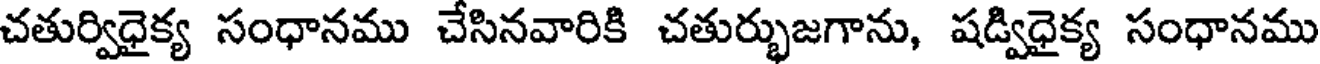
చతుర్విధైక్య సంధానము చేసినవారికి చతుర్భుజగాను, షడ్విధైక్య సంధానము